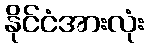
နိုင်ငံအားလုံး